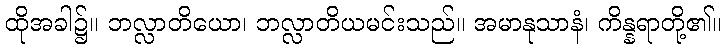
ထိုအခါ၌။ ဘလ္လာတိယော၊ ဘလ္လာတိယမင်းသည်။ အမာနုသာနံ၊ ကိန္နရာတို့၏။